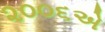
૨૦૦૬એ